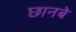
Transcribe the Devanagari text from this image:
छानबे